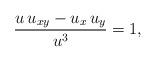
LaTeX: \begin{align*}\frac{u\, u_{xy} - u_x\, u_y}{u^3} = 1,\end{align*}